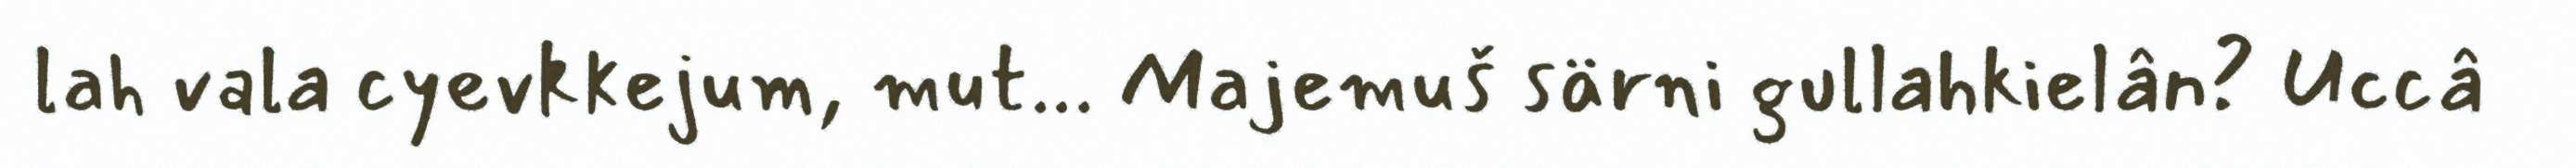
lah vala cyevkkejum, mut... Majemuš särni gullahkielân? Uccâ